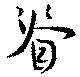
脊